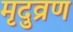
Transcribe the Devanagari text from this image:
मृदुव्रण